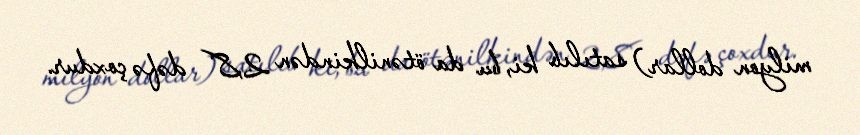
milyon dollar) satılıb ki, bu da ötənilkindən 2,8 dəfə çoxdur.